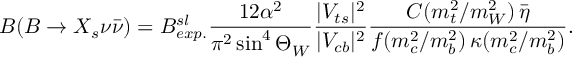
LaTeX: { \cal B } ( B \rightarrow X _ { s } \nu \bar { \nu } ) = { \cal B } _ { e x p . } ^ { s l } \frac { 1 2 \alpha ^ { 2 } } { \pi ^ { 2 } \sin ^ { 4 } \Theta _ { W } } \frac { | V _ { t s } | ^ { 2 } } { | V _ { c b } | ^ { 2 } } \frac { C ( m _ { t } ^ { 2 } / m _ { W } ^ { 2 } ) \, \bar { \eta } } { f ( m _ { c } ^ { 2 } / m _ { b } ^ { 2 } ) \, \kappa ( m _ { c } ^ { 2 } / m _ { b } ^ { 2 } ) } .